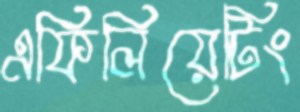
এফিলিয়েটিং